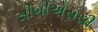
સીબીએસસી